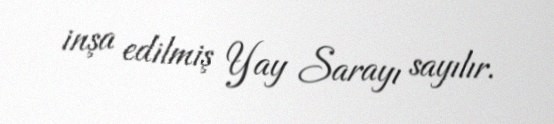
inşa edilmiş Yay Sarayı sayılır.